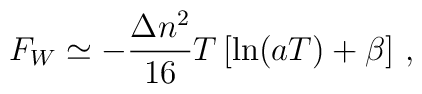
F_W\simeq -\frac{\Delta n^2}{16}T\left [\ln (aT)+\beta \right ]\,{,}